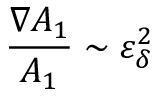
\frac { \nabla A _ { 1 } } { A _ { 1 } } \sim \varepsilon _ { \delta } ^ { 2 }